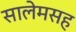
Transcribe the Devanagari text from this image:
सालेमसह